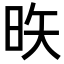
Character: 𪰕